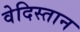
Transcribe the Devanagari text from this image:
वेदिस्तान